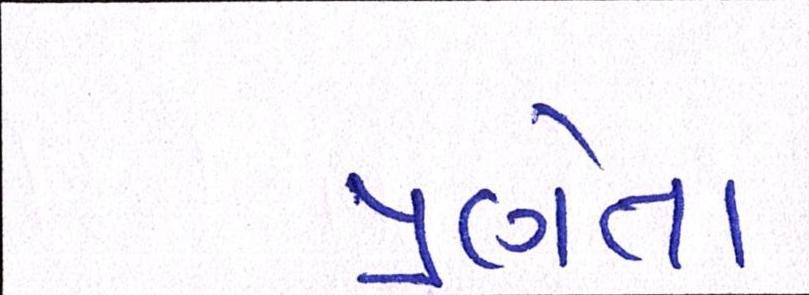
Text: પ્રણેતા